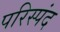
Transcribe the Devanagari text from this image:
परिस्पंद